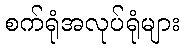
စက်ရုံအလုပ်ရုံများ